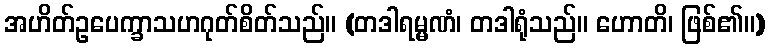
အဟိတ်ဥပေက္ခာသဟဂုတ်စိတ်သည်။ (တဒါရမ္မဏံ၊ တဒါရုံသည်။ ဟောတိ၊ ဖြစ်၏။)